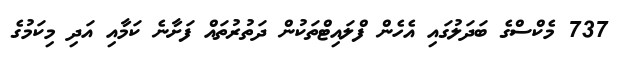
737 މެކްސްގެ ބަދަލުގައި އެހެން ފްލައިޓްތަކުން ދަތުރުތައް ފަށާނެ ކަމާއި އަދި މިކަމުގެ